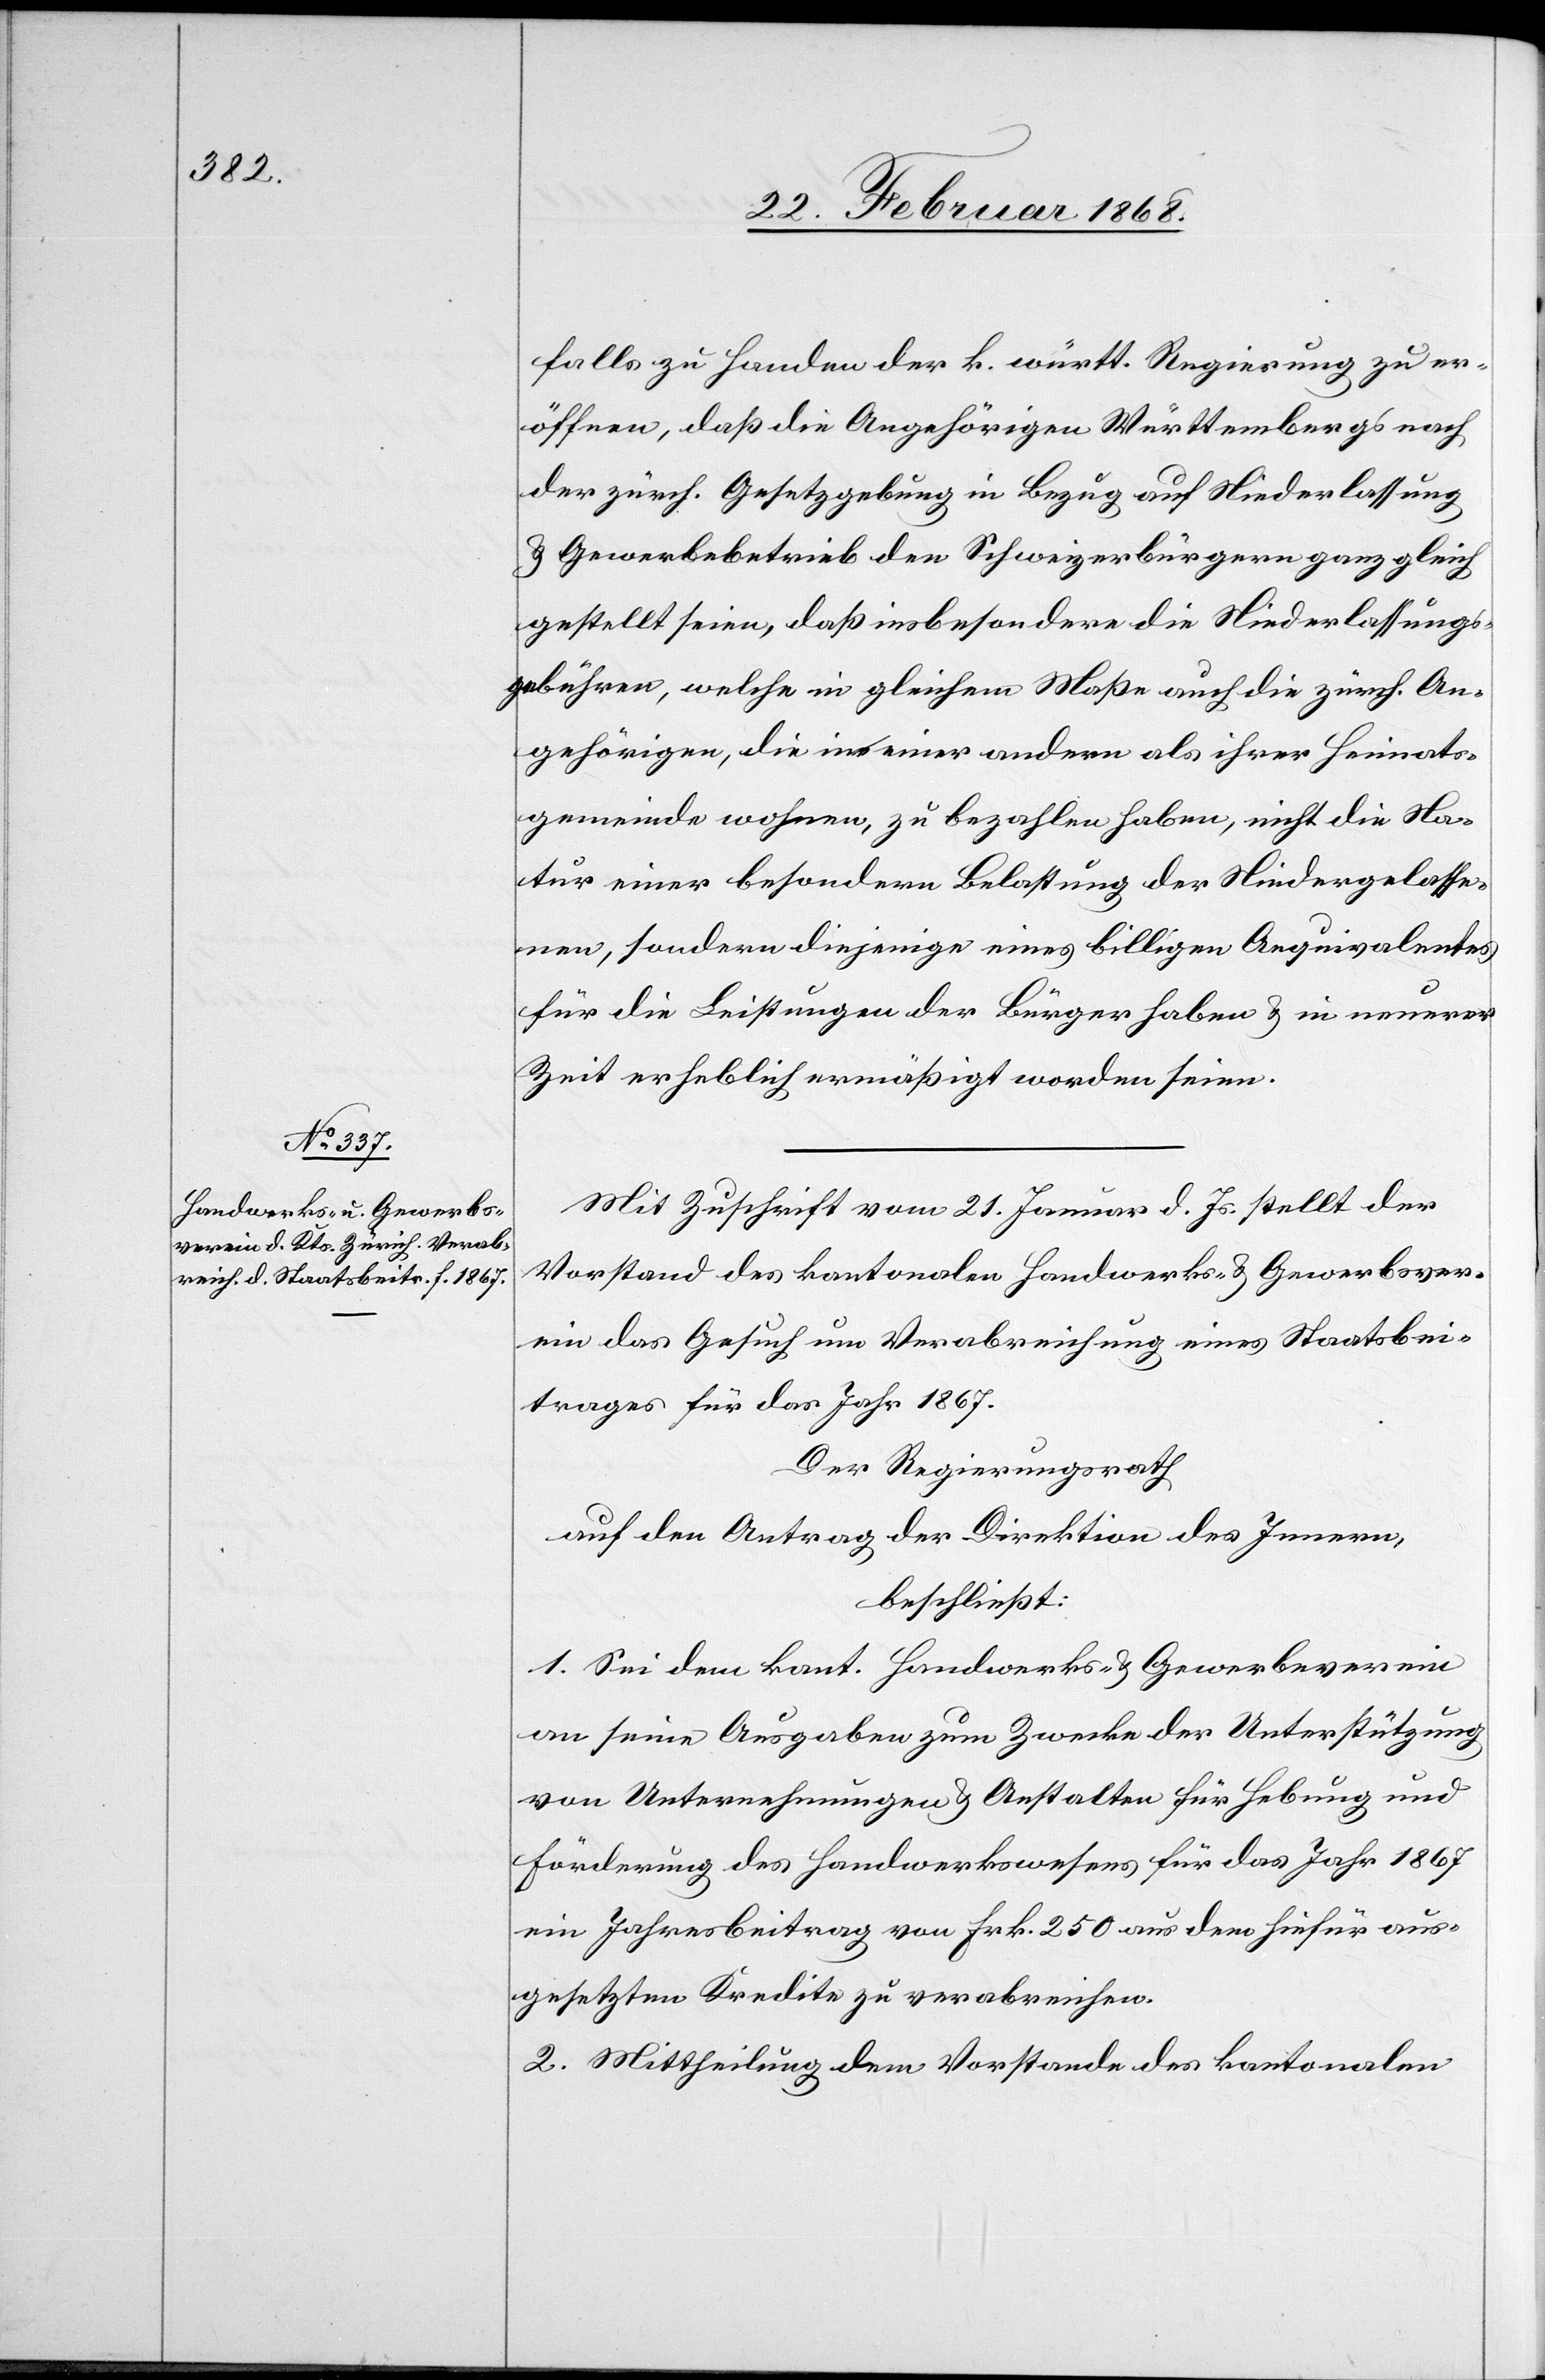
falls zu Handen der k. württ. Regierung zu er¬
öffnen, daß die Angehörigen Württembergs nach
der zürch. Gesetzgebung in Bezug auf Niederlassung
& Gewerbebetrieb den Schweizerbürgern ganz gleich
gestellt seien, daß insbesondere die Niederlassungs¬
gebühren, welche in gleichem Maße auch die zürch. An¬
gehörigen, die in einer andern als ihrer Heimats¬
gemeinde wohnen, zu bezahlen haben, nicht die Na¬
tur einer besondern Belastung der Niedergelasse¬
nen, sondern diejenige eines billigen Aequivalentes
für die Leistungen der Bürger haben & in neuerer
Zeit erheblich ermäßigt worden seien.
Mit Zuschrift vom 21. Januar d. Js. stellt der
Vorstand des kantonalen Handwerks- & Gewerbsver¬
ein[s] das Gesuch um Verabreichung eines Staatsbei¬
trages für das Jahr 1867.
Der Regierungsrath
auf den Antrag der Direktion des Innern,
beschließt:
1. Sei dem kant. Handwerks- & Gewerbeverein
an seine Ausgaben zum Zwecke der Unterstützung
von Unternehmungen & Anstalten für Hebung und
Förderung des Handwerkswesens für das Jahr 1867
ein Jahresbeitrag von Frk. 250 aus dem hiefür aus¬
gesetzten Kredite zu verabreichen.
2. Mittheilung dem Vorstande des kantonalen